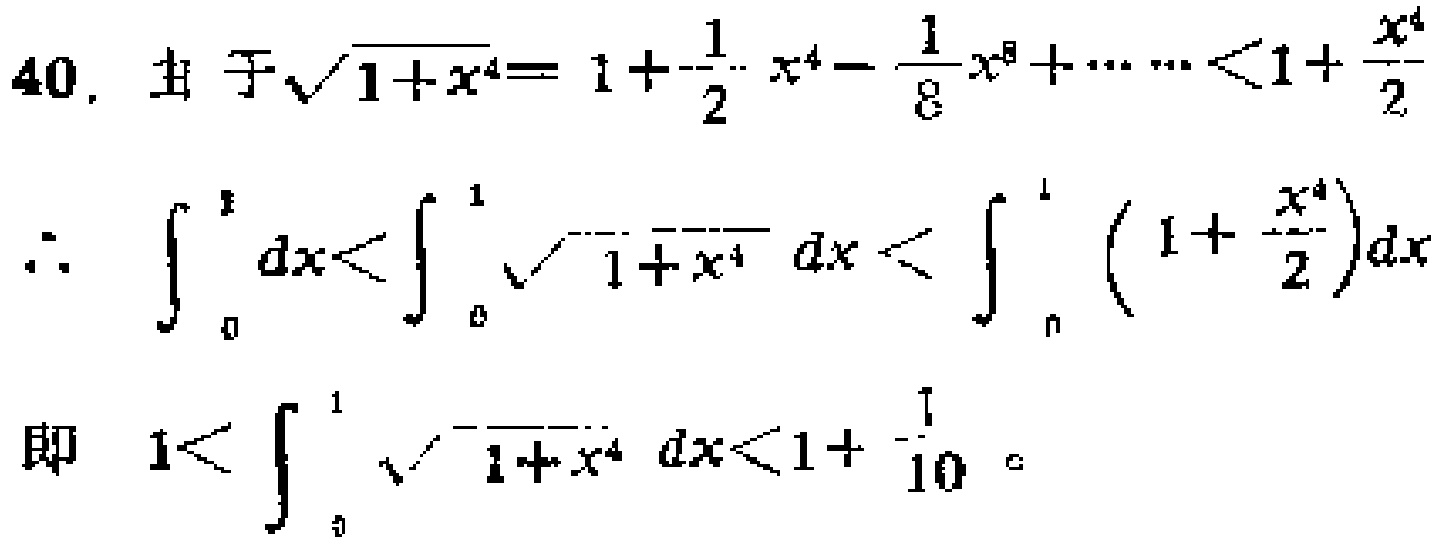
40. 由于$\sqrt{1 + x^{4}} = 1+\frac{1}{2}x^{4}-\frac{1}{8}x^{8}+\cdots\cdots<1+\frac{x^{4}}{2}$
\[\therefore \int_{0}^{1}dx<\int_{0}^{1}\sqrt{1 + x^{4}}dx<\int_{0}^{1}(1+\frac{x^{4}}{2})dx\]
即 \(1<\int_{0}^{1}\sqrt{1 + x^{4}}dx<1+\frac{1}{10}\) 。